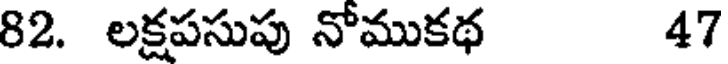
82. లక్షపసుపు నోముకథ 47